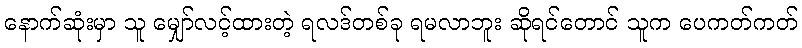
နောက်ဆုံးမှာ သူ မျှော်လင့်ထားတဲ့ ရလဒ်တစ်ခု ရမလာဘူး ဆိုရင်တောင် သူက ပေကတ်ကတ်